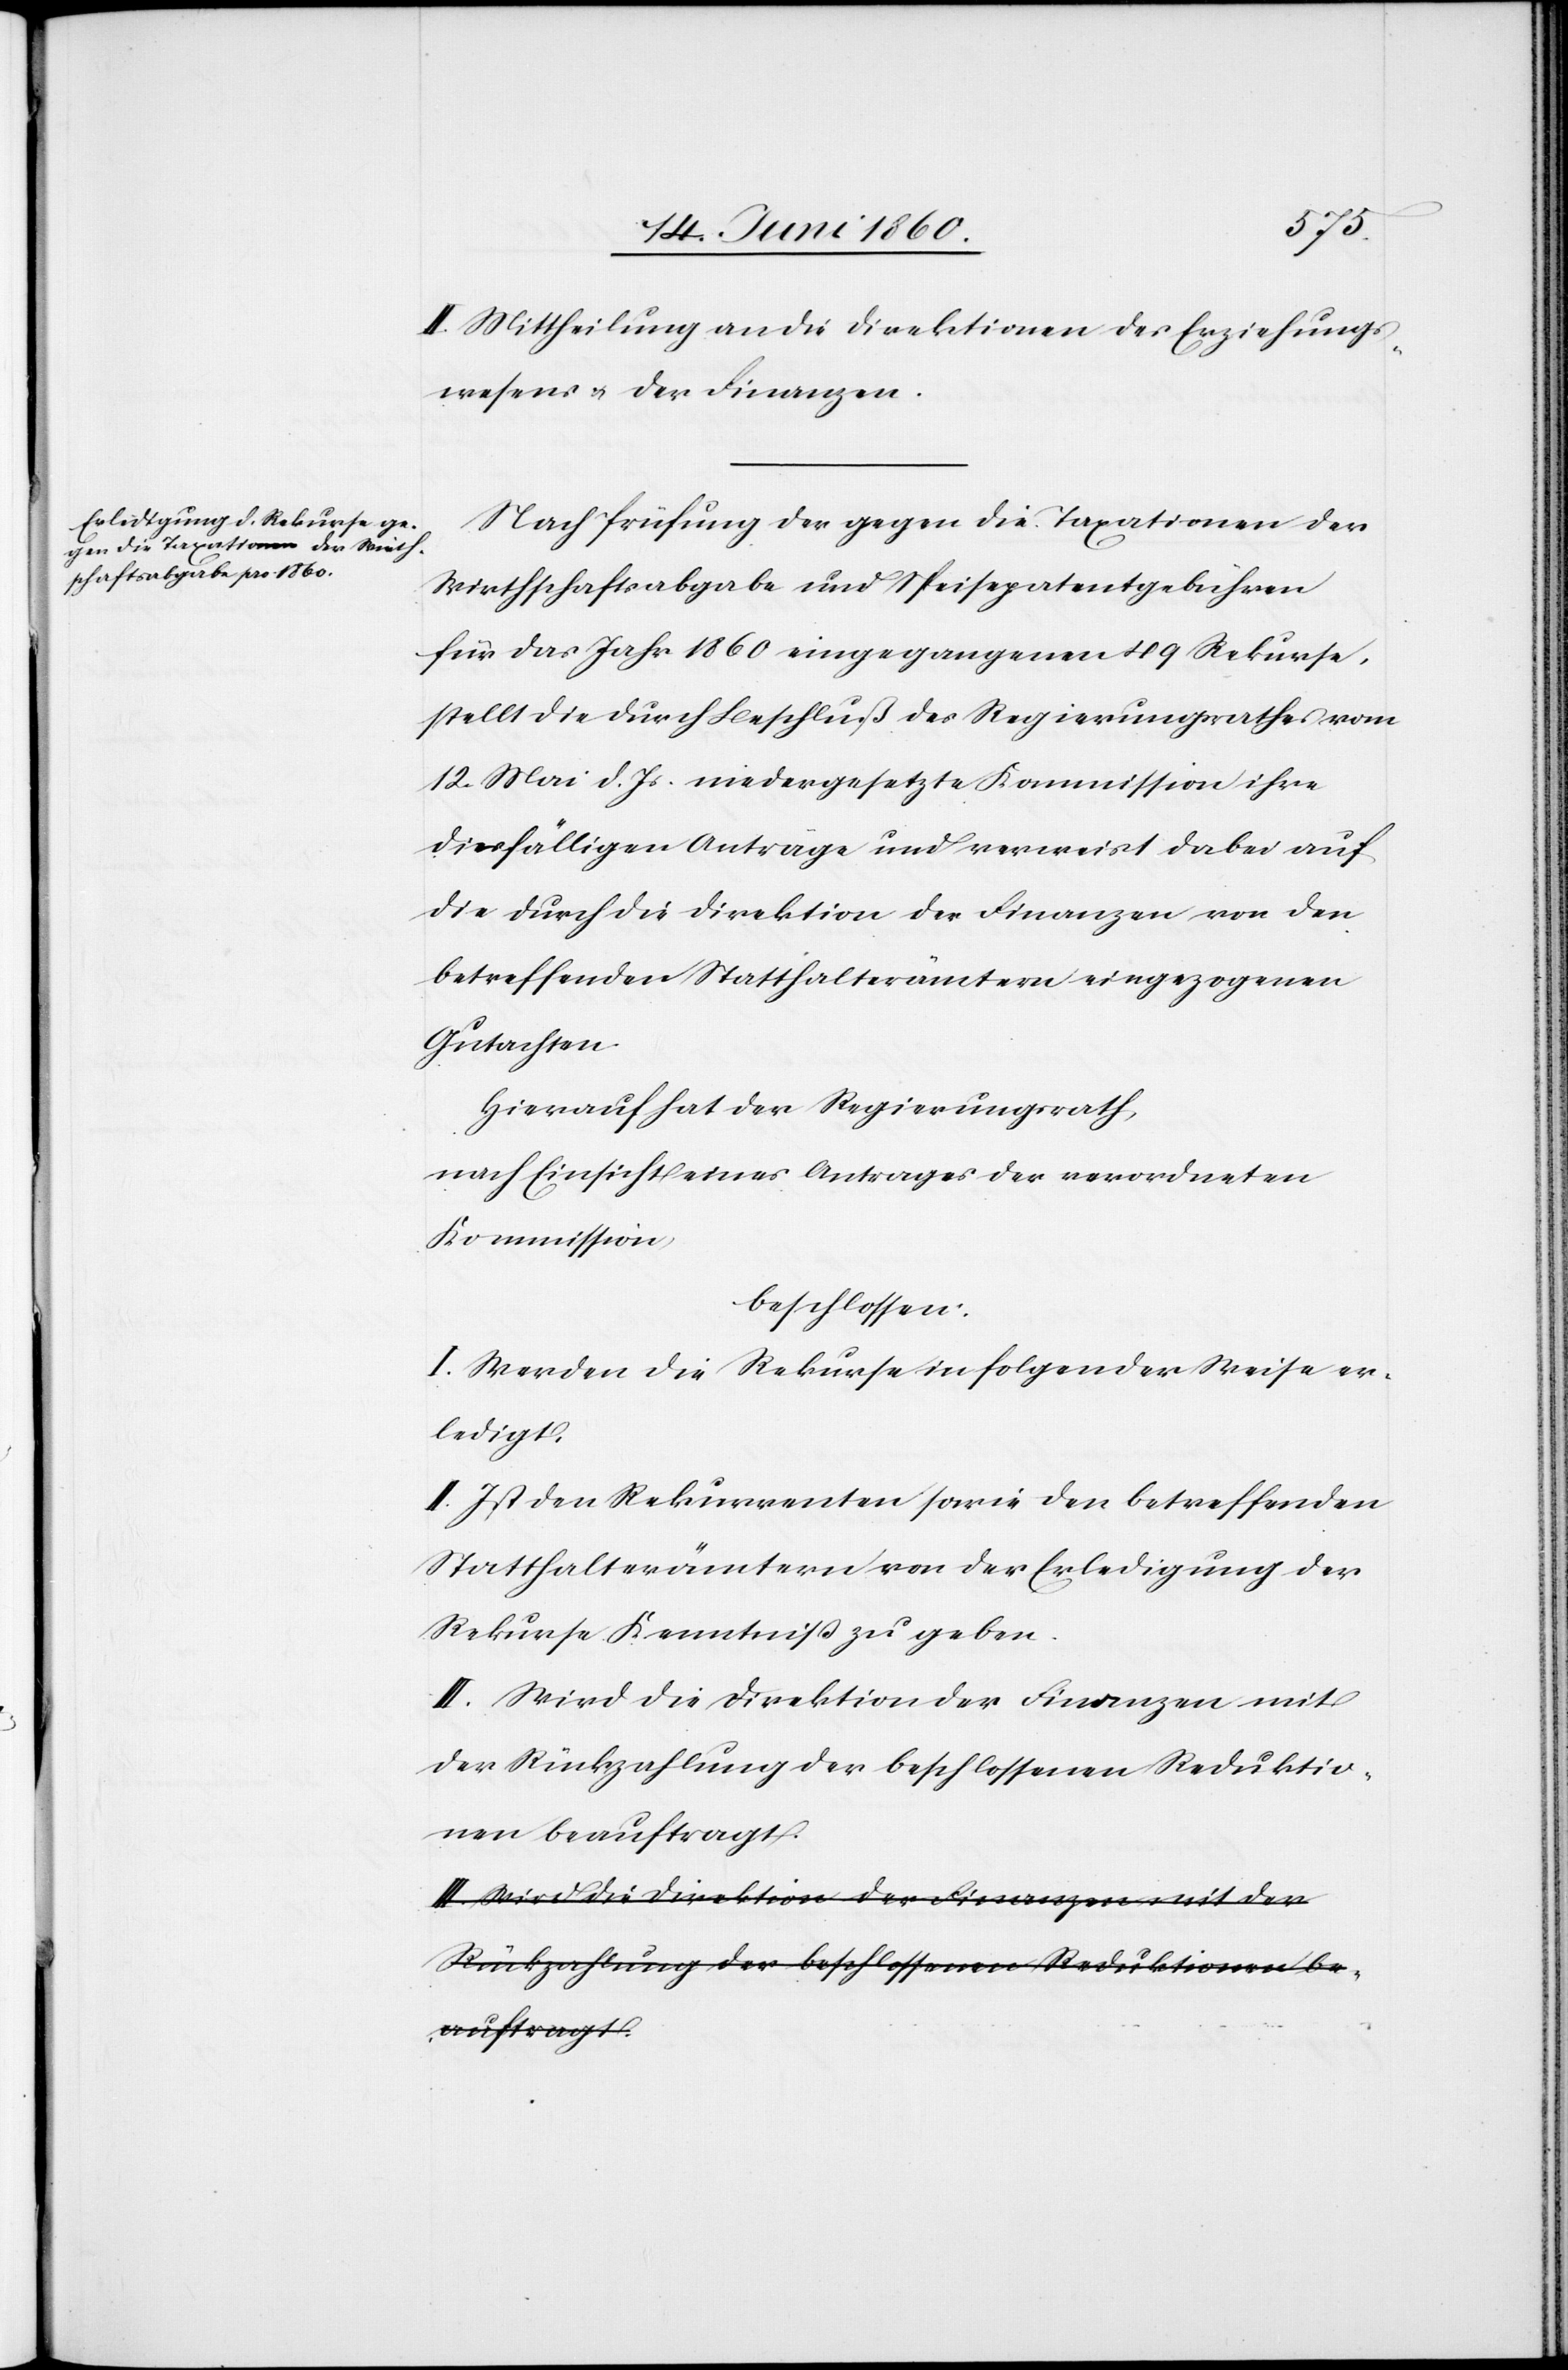
II. Mittheilung an die Direktionen des Erziehungs¬
wesens u. der Finanzen.
Nach Prüfung der gegen die Taxationen der
Wirthschaftsabgabe und Speisepatentgebühren
für das Jahr 1860 eingegangenen 49 Rekurse,
stellt die durch Beschluß des Regierungsrathes vom
12. Mai d. Js. niedergesetzte Kommission ihre
diesfälligen Anträge und verweist dabei auf
die durch die Direktion der Finanzen von den
betreffenden Statthalterämtern eingezogenen
Gutachten.
Hierauf hat der Regierungsrath,
nach Einsicht eines Antrages der verordneten
Kommission
beschlossen:
I. Werden die Rekurse in folgender Weise er¬
ledigt.
II. Ist den Rekurrenten sowie den betreffenden
Statthalterämtern von der Erledigung der
Rekurse Kenntniss zu geben.
III. Wird die Direktion der Finanzen mit
der Rückzahlung der beschlossenen Reduktio¬
nen beauftragt.